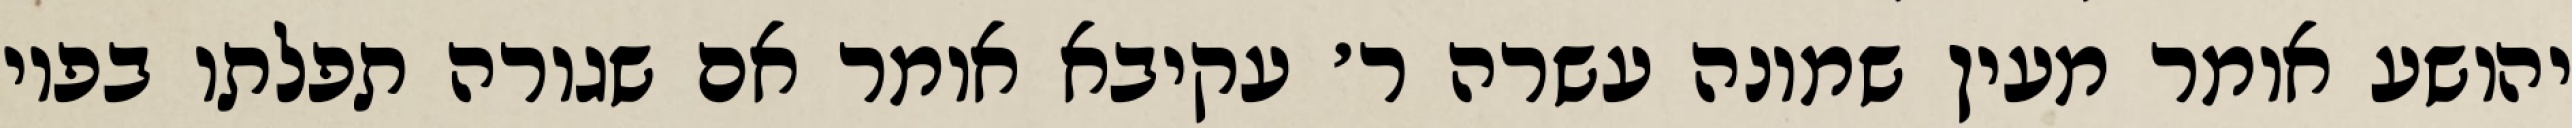
יהושע אומר מעין שמונה עשרה ר׳ עקיבא אומר אם שגורה תפלתו בפיו